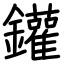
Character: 鑵